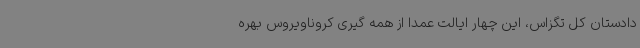
دادستان کل تگزاس، این چهار ایالت عمدا از همه گیری کروناویروس بهره